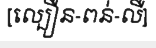
[ល្បឿន-ពន់-លឺ]